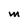
Character: M